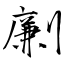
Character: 劆